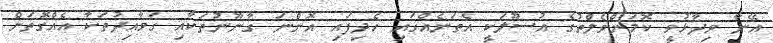
އޭނާ ވިދާޅުވީ ކޮމަންވެލްތުގެ އުސޫލަކީ އެތަނެއްގައި ހެދިފައި އޮންނަ ގާނޫނުތަކާއި ގަވާއިދުތަކާ އެއްގޮތަށް